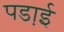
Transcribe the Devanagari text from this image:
पडा़ई